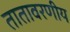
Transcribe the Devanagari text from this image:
तातावरणीय